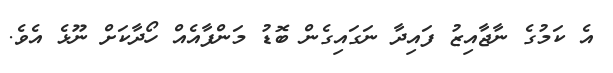
އެ ކަމުގެ ނާޖާއިޒު ފައިދާ ނަގައިގެން ބޮޑު މަންފާއެއް ހޯދާކަށް ނޫޅެ އެވެ.